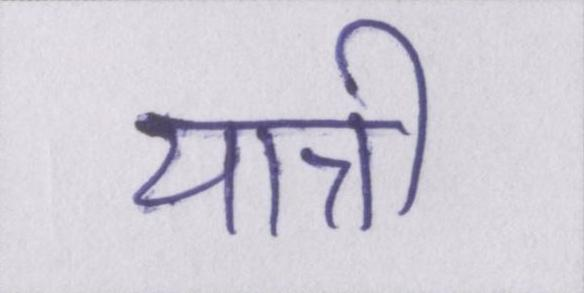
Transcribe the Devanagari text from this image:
यात्री